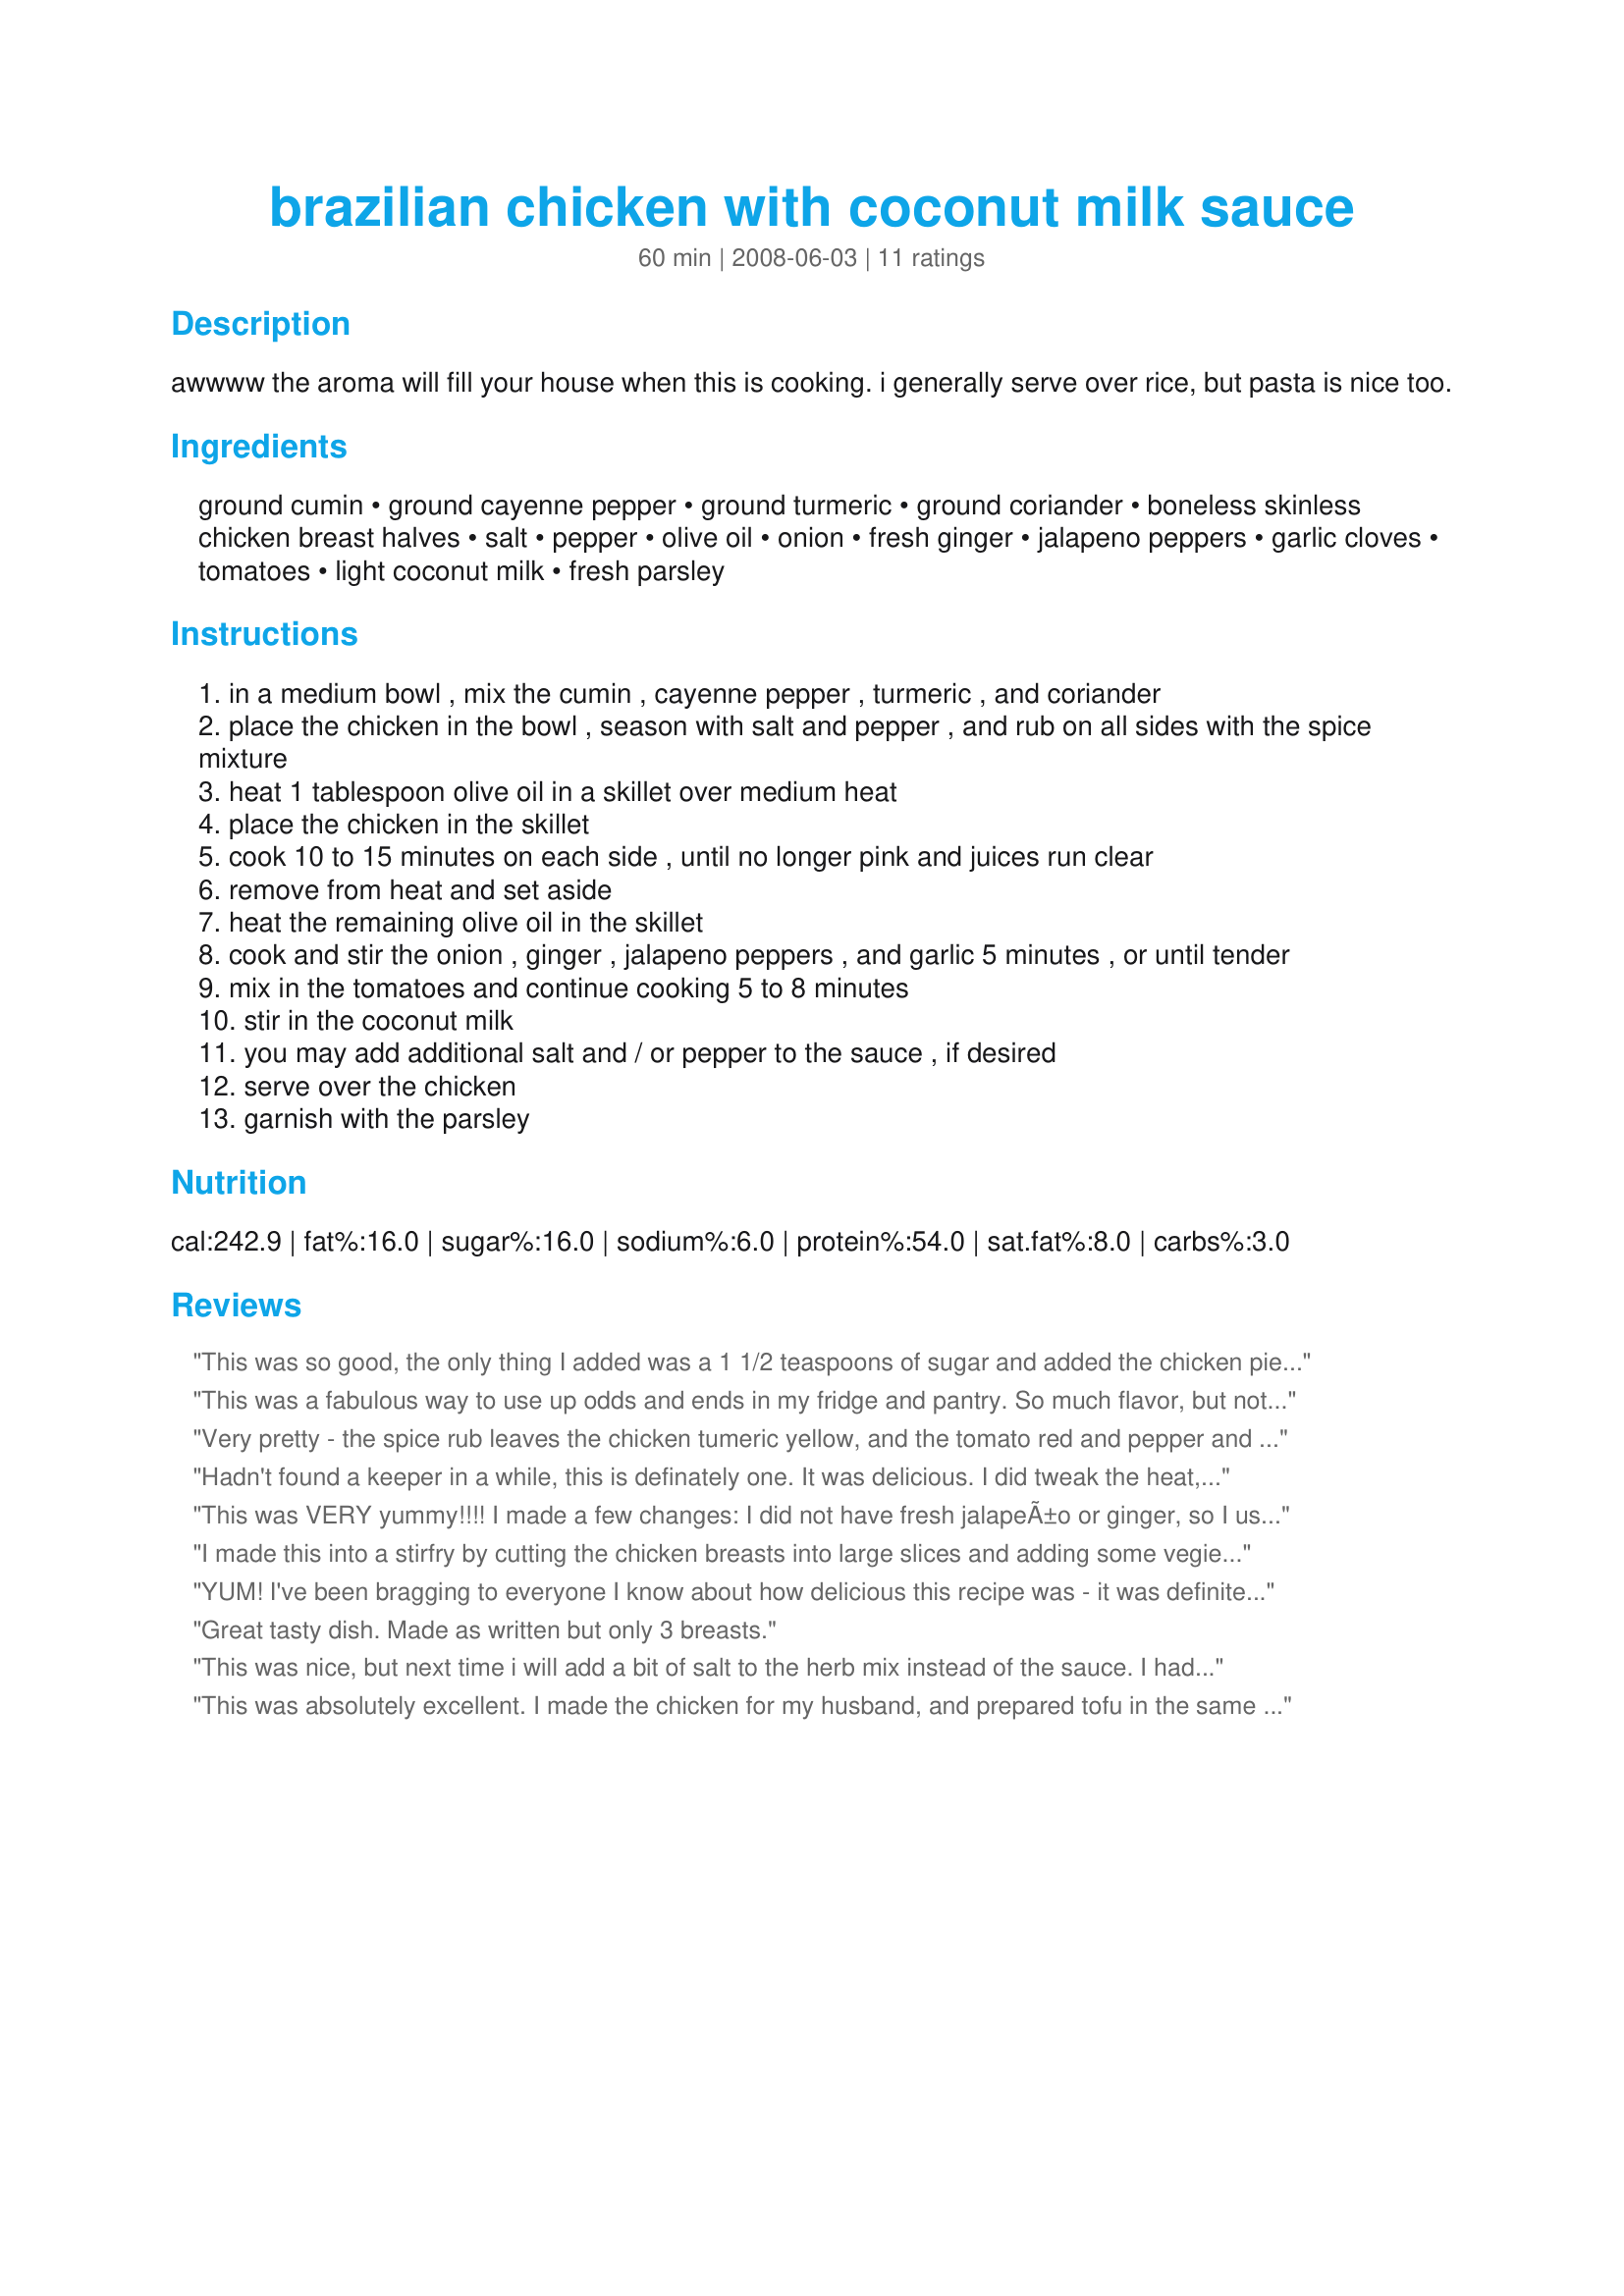
brazilian chicken with coconut milk sauce
Preparation time: 60 minutes

awwww the aroma will fill your house when this is cooking. i generally serve over rice, but pasta is nice too.

Ingredients:
ground cumin, ground cayenne pepper, ground turmeric, ground coriander, boneless skinless chicken breast halves, salt, pepper, olive oil, onion, fresh ginger, jalapeno peppers, garlic cloves, tomatoes, light coconut milk, fresh parsley

Steps:
in a medium bowl , mix the cumin , cayenne pepper , turmeric , and coriander
place the chicken in the bowl , season with salt and pepper , and rub on all sides with the spice mixture
heat 1 tablespoon olive oil in a skillet over medium heat
place the chicken in the skillet
cook 10 to 15 minutes on each side , until no longer pink and juices run clear
remove from heat and set aside
heat the remaining olive oil in the skillet
cook and stir the onion , ginger , jalapeno peppers , and garlic 5 minutes , or until tender
mix in the tomatoes and continue cooking 5 to 8 minutes
stir in the coconut milk
you may add additional salt and / or pepper to the sauce , if desired
serve over the chicken
garnish with the parsley

Reviews:
This was so good, the only thing I added was a 1 1/2 teaspoons of sugar and added the chicken pieces back to the sauce to finish off cooking.Will definitely be cooking this again.
This was a fabulous way to use up odds and ends in my fridge and pantry. So much flavor, but not too spicy as the coconut milk smoothed everything out. The only change I made was to use 1 jalapeno pepper for DH's sake. Thanks so much for this recipe!
Very pretty - the spice rub leaves the chicken tumeric yellow, and the tomato red and pepper and parsley green really pop against the coconut white. I added some shredded coconut meat as well. It was great hot, and worked well as a cold salad the day after. Next time, I would halve the amount of cayenne - it was just too hot, to the point it was covering up flavor. I didn't add more oil to cook the vegetables - there is some chicken bits left in the pan, and more oil would just burn them. The vegetable juices can be used to deglaze the pan and capture this chicken flavor. There is a bit too much coconut milk - it is convenient to use the whole can, but 10 ounces is probably better.
Hadn't found a keeper in a while, this is definately one. It was delicious. I did tweak the heat, and I'm glad I did, only 1/2 tsp of cayenne (which will be dropped to 1/4 tsp next time) and only put one jalapeno, for my own taste, it was quite spicy, but oh so good. And I went with what was in the freezer, so I did half chicken breast, half thighs, cut in pieces, and as someone suggested, heated it all up in the sauce. YUMMM!!!
This was VERY yummy!!!! I made a few changes: I did not have fresh jalapeÃ±o or ginger, so I used crushed red pepper and dried ginger. I also omitted the parsley. We served this over spaghetti and enjoyed the bold flavors. It has a spiciness that creeps up on you. We will definitely make again. Made for ZWT 4.
I made this into a stirfry by cutting the chicken breasts into large slices and adding some vegies. Wonderful flavours & easy to make. Thanks Sassy for sharing this lovely recipe.
YUM! I've been bragging to everyone I know about how delicious this recipe was - it was definitely spicy but the coconut milk sauce really mellowed it out. And I couldn't help but feel like the combination of spicy and sweet gave it a very Indian feel... which is fine with me since I LOVE Indian food!<br/><br/>Anyway, delicious! Five stars! This is going to become a regular at my house. Not to mention it made FANTASTIC leftovers the next day. :*)
Great tasty dish. Made as written but only 3 breasts.
This was nice, but next time i will add a bit of salt to the herb mix instead of the sauce. I had to use regular green pepper because they don't sell jalapenos here, i used half so my kids wouldn't think it too spicy. Made for ZWT4 for the Tastebud Tickling Travellers.
This was absolutely excellent. I made the chicken for my husband, and prepared tofu in the same way for myself, which turned out great!

I served it with Brazilian Rice (http://www.recipezaar.com/Brazilian-Rice-310199); Brazilian Crock-Pot Beans (http://www.recipezaar.com/brazilian-crockpot-beans-363036); and the salad described in the final step of the bean recipe. A delicious Brazilian feast!

A Brazilian genre station on Pandora made for excellent accompaniment : )

Thanks for the exquisite recipe!
This is an easy, flavorful dish. My family loved it. Instead of serving the sauce over the chicken, I cooked the chicken until almost done, then cut it into cubes and finished it off in the sauce.
